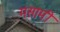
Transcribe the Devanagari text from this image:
मसामी